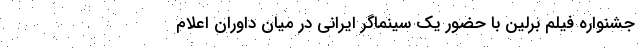
جشنواره فیلم برلین با حضور یک سینماگر ایرانی در میان داوران اعلام